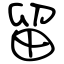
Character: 留